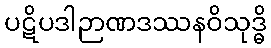
ပဋိပဒါဉာဏဒဿနဝိသုဒ္ဓိ